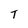
Character: T